65_HS1-834228961_62-HQ-83894_Section_2
Agency: FBI
Page 94
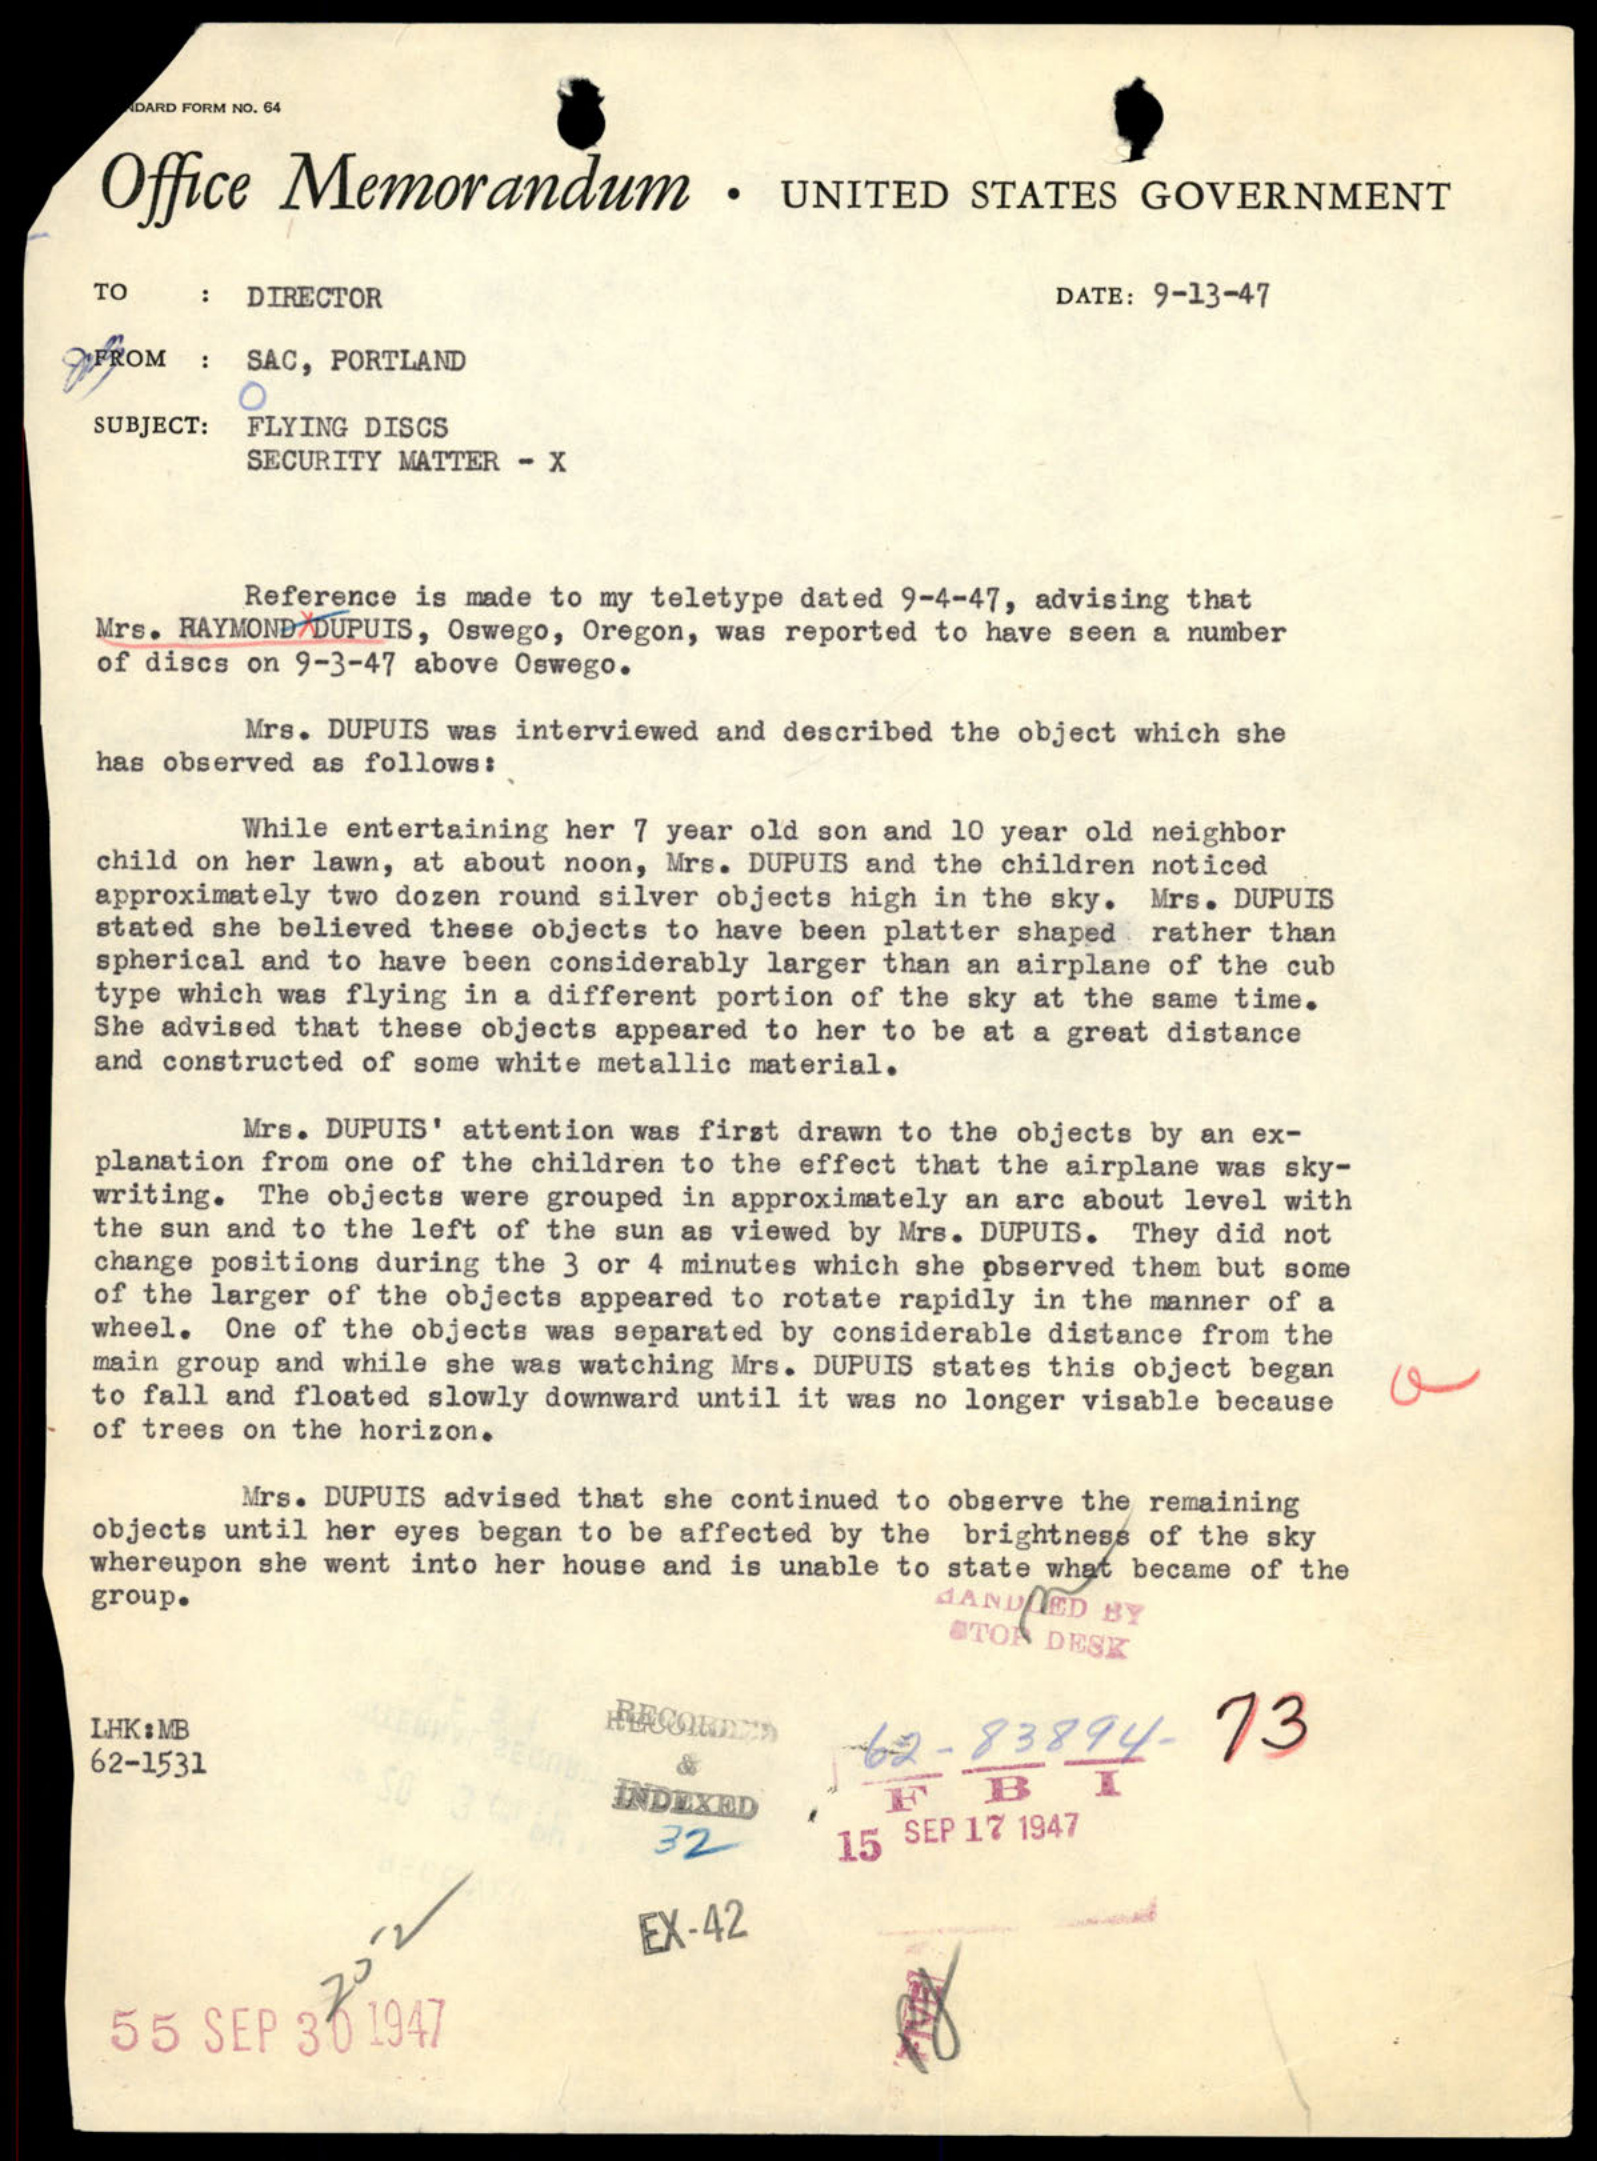